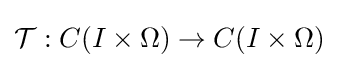
{\mathcal {T}}:C(I\times \Omega )\to C(I\times \Omega )